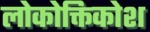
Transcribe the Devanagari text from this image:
लोकोक्तिकोश